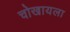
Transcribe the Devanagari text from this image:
चोखायला